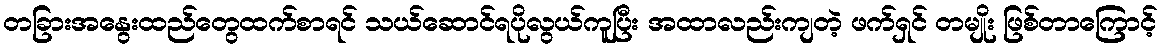
တခြားအနွေးထည်တွေထက်စာရင် သယ်ဆောင်ရပိုလွယ်ကူပြီး အထာလည်းကျတဲ့ ဖက်ရှင် တမျိုး ဖြစ်တာကြောင့်